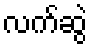
လက်ဆွဲ